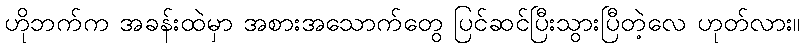
ဟိုဘက်က အခန်းထဲမှာ အစားအသောက်တွေ ပြင်ဆင်ပြီးသွားပြီတဲ့လေ ဟုတ်လား။